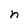
Character: n